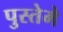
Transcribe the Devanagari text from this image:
पुस्तेमे